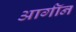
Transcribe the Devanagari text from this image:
आर्गॉन